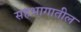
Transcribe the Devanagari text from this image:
सहभागातील